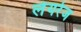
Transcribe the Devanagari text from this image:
लेयरेज